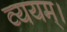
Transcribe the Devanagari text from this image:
व्ययम्।